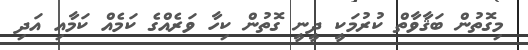
މިގޮތުން ބަޤާވާތް ކުރުމަކީ ދީނީ ގޮތުން ކިހާ ވަރެއްގެ ކަމެއް ކަމާއި އަދި